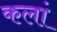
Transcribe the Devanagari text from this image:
कलां